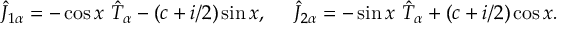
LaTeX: \hat { J } _ { 1 \alpha } = - \cos x ~ \hat { T } _ { \alpha } - ( c + i / 2 ) \sin x , ~ ~ ~ ~ \hat { J } _ { 2 \alpha } = - \sin x ~ \hat { T } _ { \alpha } + ( c + i / 2 ) \cos x .